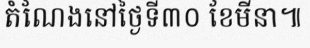
តំណែងនៅថ្ងៃទី៣០ ខែមីនា៕